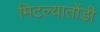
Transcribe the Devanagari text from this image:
मिटल्यातोंडी